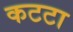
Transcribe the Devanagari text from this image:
कटटा